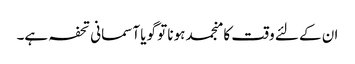
ان کے لئے وقت کا منجمد ہونا تو گویا آسمانی تحفہ ہے۔